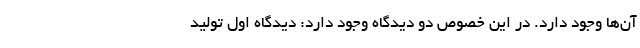
آن‌ها وجود دارد. در این خصوص دو دیدگاه وجود دارد: دیدگاه اول تولید